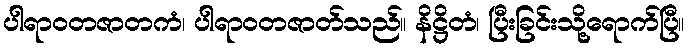
ပါရာဝတဇာတကံ၊ ပါရာဝတဇာတ်သည်။ နိဋ္ဌိတံ၊ ပြီးခြင်းသို့ရောက်ပြီ။